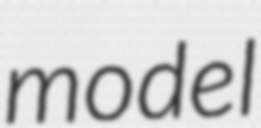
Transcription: model